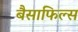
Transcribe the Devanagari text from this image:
बैसाफिल्स